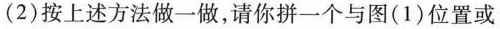
(2)按上述方法做一做，请你拼一个与图(1)位置或